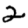
Digit: 2